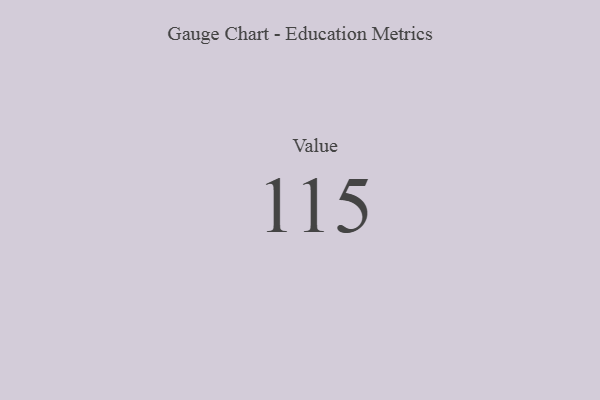
{"axis": {"x": "Metric", "y": "Value"}, "legend": [""], "data": [{"x": "Value", "y": 115, "type": ""}]}